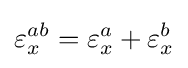
\varepsilon _{x}^{ab}=\varepsilon _{x}^{a}+\varepsilon _{x}^{b}